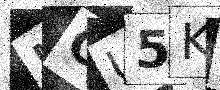
Text: MCU5KY